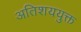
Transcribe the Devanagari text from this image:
अतिशययुक्त